Annual report on the Civil Veterinary Department, Burma (including the Insein Veterinary School) - 1932-1941
Year: 1932
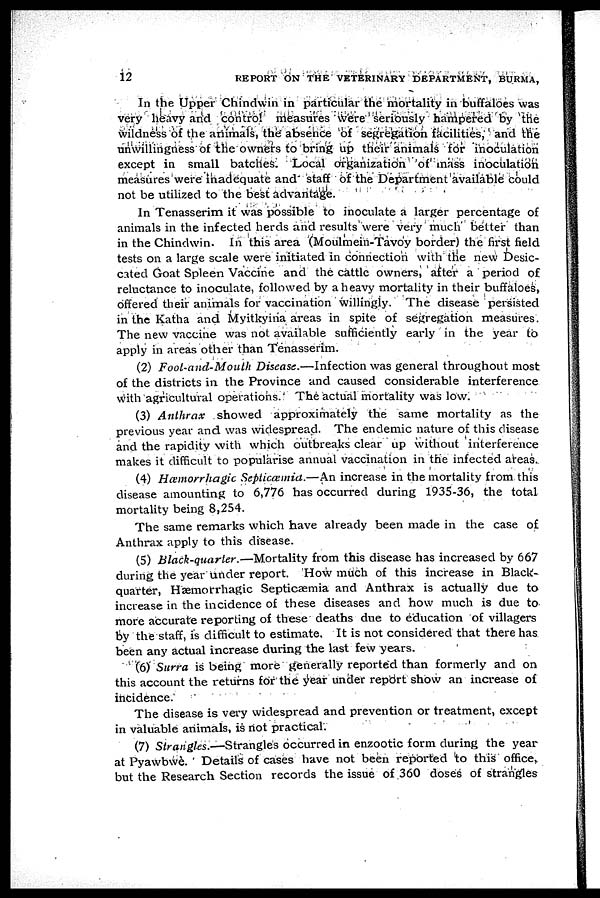
12
REPORT ON THE VETERINARY DEPARTMENT, BURMA,
In the Upper Chindwin in particular the mortality in buffaloes was
very heavy and control measures Were seriously hampered by the
wildness of the animals, the absence of segregation facilities, and the
unwillingness of the owners to bring up their animals for inoculation
except in small batches. Local organization of mass inoculation
measures were inadequate and staff of the Department available could
not be utilized to the best advantage.
In Tenasserim it was possible to inoculate a larger percentage of
animals in the infected herds and results were very much better than
in the Chindwin. In this area (Moulmein-Tavoy border) the first field
tests on a large scale were initiated in connection with the new Desic-
cated Goat Spleen Vaccine and the cattle owners, after a period of
reluctance to inoculate, followed by a heavy mortality in their buffaloes,
offered their animals for vaccination willingly. The disease persisted
in the Katha and Myitkyina areas in spite of segregation measures.
The new vaccine was not available sufficiently early in the year to
apply in areas other than Tenasserim.
(2) Foot-and-Mouth Disease.—Infection was general throughout most
of the districts in the Province and caused considerable interference
with agricultural operations. The actual mortality was low.
(3) Anthrax showed approximately the same mortality as the
previous year and was widespread. The endemic nature of this disease
and the rapidity with which outbreaks clear up without interference
makes it difficult to popularise annual vaccination in the infected areas.
(4) Hæmorrhagic Septicæmia.—An increase in the mortality from this
disease amounting to 6,776 has occurred during 1935-36, the total
mortality being 8,254.
The same remarks which have already been made in the case of
Anthrax apply to this disease.
(5) Black-quarter.—Mortality from this disease has increased by 667
during the year under report. How much of this increase in Black-
quarter, Hæmorrhagic Septicæmia and Anthrax is actually due to
increase in the incidence of these diseases and how much is due to
more accurate reporting of these deaths due to education of villagers
by the staff, is difficult to estimate. It is not considered that there has
been any actual increase during the last few years.
(6) Surra is being more generally reported than formerly and on
this account the returns for the year under report show an increase of
incidence.
The disease is very widespread and prevention or treatment, except
in valuable animals, is not practical.
(7) Strangles.—Strangles occurred in enzootic form during the year
at Pyawbwe. Details of cases have not been reported to this office,
but the Research Section records the issue of 360 doses of strangles